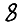
Digit: 8